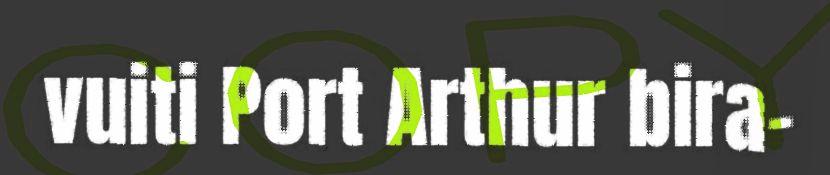
vuiti Port Arthur bira-